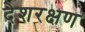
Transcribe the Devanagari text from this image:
देशरक्षण